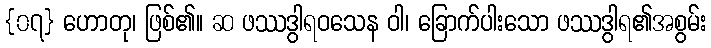
{၀၇} ဟောတု၊ ဖြစ်၏။ ဆ ဖဿဒွါရဝသေန ဝါ၊ ခြောက်ပါးသော ဖဿဒွါရ၏အစွမ်း